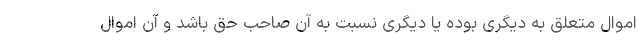
اموال متعلق به دیگری بوده یا دیگری نسبت به آن صاحب حق باشد و آن اموال